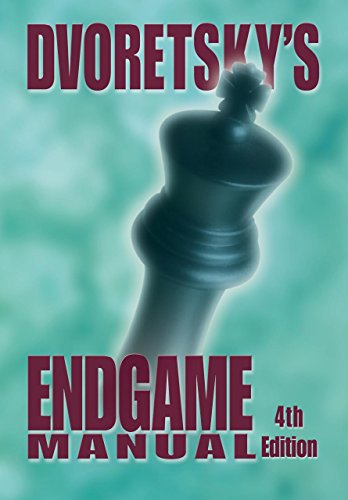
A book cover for Dvoretsky's Endgame Manual; Mark Dvoretsky; Humor & Entertainment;